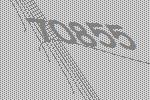
70855